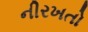
નીરખતો